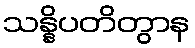
သန္နိပတိတွာန